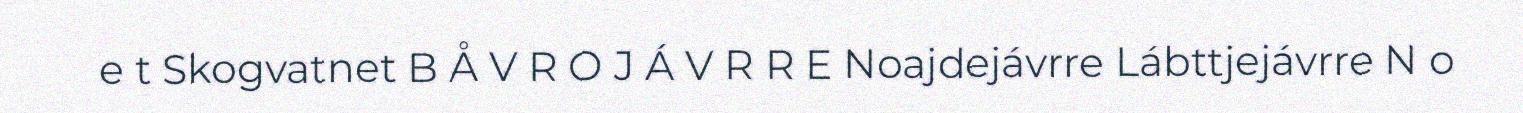
e t Skogvatnet B Å V R O J Á V R R E Noajdejávrre Lábttjejávrre N o